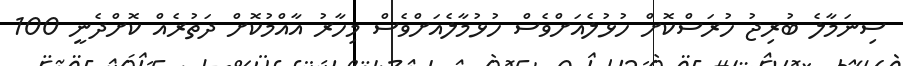
ސިނަމާލެ ބުރިޖު ހުރަސްކޮށް ހުޅުލެއަށްވެސް ހުޅުމާލެއަށްވެސް މިހާރު އާއްމުކޮށް ދަތުރެއް ކޮށްދެނީ 100